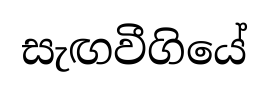
සැඟවීගියේ